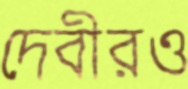
দেবীরও